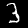
Label: 3